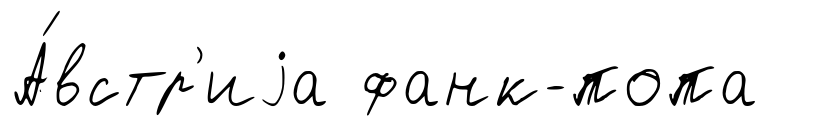
А́встр'иjа фанк-попа